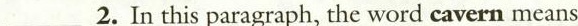
___ 2.In this paragraph, the word cavern means